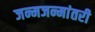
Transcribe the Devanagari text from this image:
जन्मजन्मांतरी